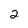
Character: 2